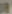
8